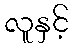
လူနှင့်